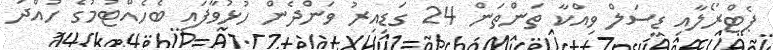
ޕެޓްރޯލާއި ޑީސަލް ވިއްކާ ތަންތަން 24 ގަޑިއިރު ވަންދެން ހުޅުވާފައި ބެހެއްޓުމުގެ ހުއްދަ